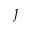
\jmath